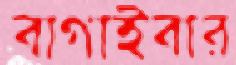
বাগাইবার